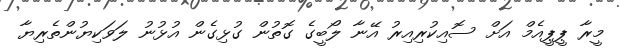
މީރާ ޕީޕީއެމް އަށް ސޮއިކުރިއިރު އޭނާ ލޯބީގެ ގޮތުން ގުޅިގެން އުޅުނު ލަވަކިޔުންތެރިޔާ